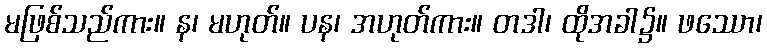
မဖြစ်သည်ကား။ န၊ မဟုတ်။ ပန၊ အဟုတ်ကား။ တဒါ၊ ထိုအခါ၌။ ဖဿော၊